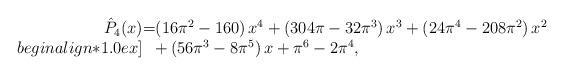
LaTeX: \begin{align*}\begin{array}{rcl}\hat{P}_4(x)\!\!&\!\!\!=\!\!\!&\!\!\left(16\pi^2 -160 \right) x^4+ \left(304\pi-32\pi^3 \right) x^3+\left(24\pi^4 - 208\pi^2 \right) x^2\\begin{align*}1.0 ex]\!\!&\!\!\! \!\!\!&\!\!+\left(56\pi^3 -8\pi^5 \right) x +\pi^6 -2\pi^4,\end{array}\end{align*}